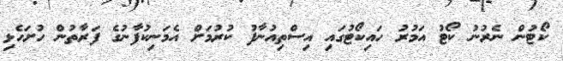
ކޯޓުން ނެރުނު ކޯޓު އަމުރު ހައިކޯޓުގައި އިސްތިއުނާފު ކުރުމަށް އެމަނިކުފާނުގެ ފަރާތުން ހުށަހެޅި